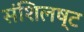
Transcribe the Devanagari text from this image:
संशिलष्ट